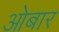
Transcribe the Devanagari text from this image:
ओबार